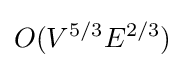
O(V^{5/3}E^{2/3})